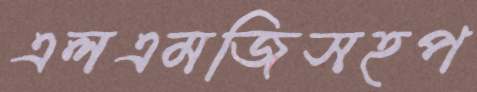
এলএমজিসহপ